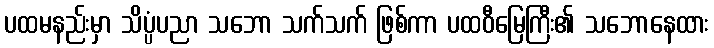
ပထမနည်းမှာ သိပ္ပံပညာ သဘော သက်သက် ဖြစ်ကာ ပထဝီမြေကြီး၏ သဘောနေထား